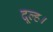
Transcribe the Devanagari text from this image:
दूल्ह।